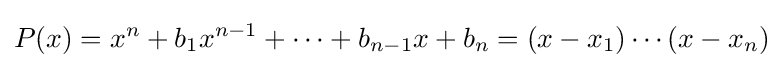
P(x)=x^{n}+b_{1}x^{n-1}+\cdots +b_{n-1}x+b_{n}=(x-x_{1})\cdots (x-x_{n})